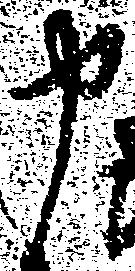
申